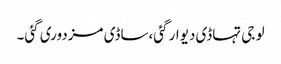
لو جی تہاڈی دیوار گئی،ساڈی مزدوری گئی۔